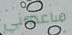
ساعدوني